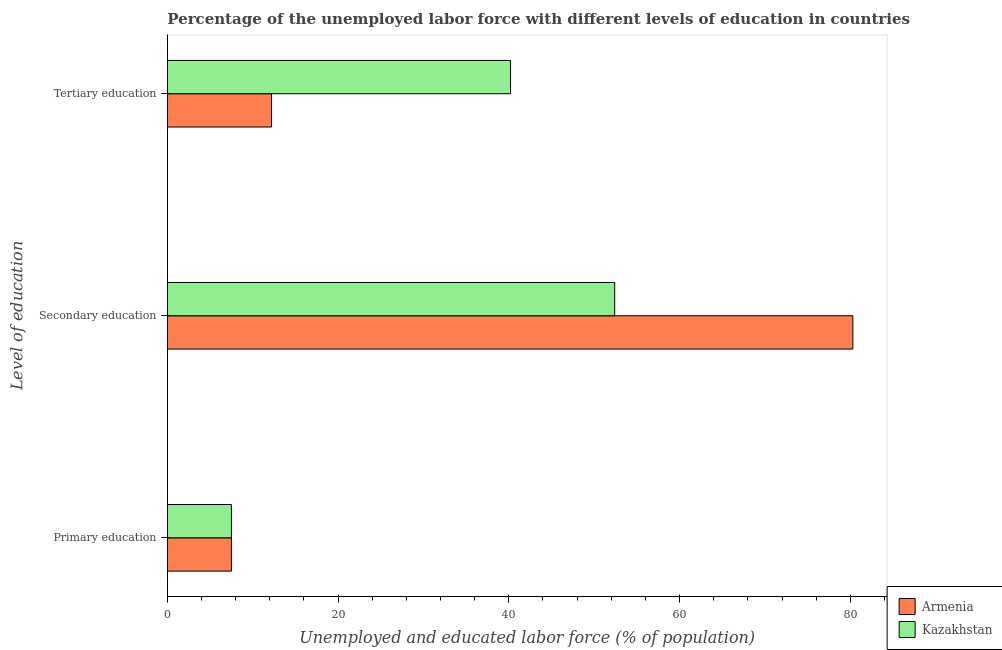
| Level of education | Armenia | Kazakhstan |
 | --- | --- | --- |
 | Primary education | 7.5 | 7.5 |
 | Secondary education | 80.3 | 52.4 |
 | Tertiary education | 12.2 | 40.2 |